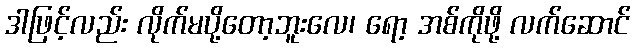
ဒါဖြင့်လည်း လိုက်မပို့တော့ဘူးလေ၊ ရော့ အစ်ကိုဖို့ လက်ဆောင်